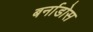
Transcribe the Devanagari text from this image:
बर्नाडोस